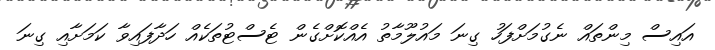
އައިސް މިންތައް ނެގުމަށްފަހު ގިނަ މައުލޫމާތު އެއްކޮށްގެން ޓެސްޓުތަކެއް ހަދާފައިވާ ކަމަށާއި ގިނަ